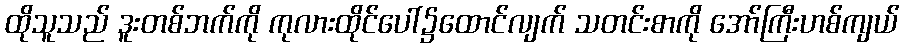
ထိုသူသည် ဒူးတစ်ဘက်ကို ကုလားထိုင်ပေါ်၌ထောင်လျက် သတင်းစာကို အော်ကြီးဟစ်ကျယ်